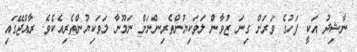
ނާޝިދު އަކީ ފަހުގެ ވަރަށް ގިނަ ޒުވާން ލަވަކިޔުންތެރިންނަށް ނަމޫނާ ލަވަކިޔުންތެރިއެކެވެ. ރާއްޖޭގައި